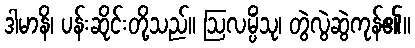
ဒါမာနိ၊ ပန်းဆိုင်းတို့သည်။ ဩလမ္ပိံသု၊ တွဲလွဲဆွဲကုန်၏။